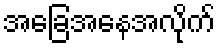
အခြေအနေအလိုက်